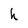
Character: h